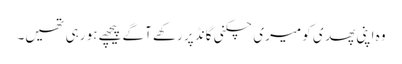
وہ اپنی پھدی کو میری چکنی گانڈ پر رکھے آگے پیچھے ہو رہی تھیں۔